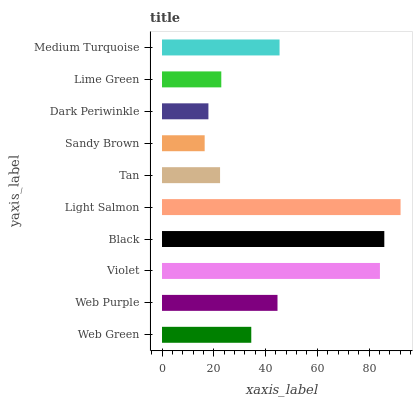
| yaxis_label | bars |
 | --- | --- |
 | Web Green | 34.5 |
 | Web Purple | 44.6 |
 | Violet | 84.2 |
 | Black | 85.9 |
 | Light Salmon | 92.2 |
 | Tan | 22.4 |
 | Sandy Brown | 16.5 |
 | Dark Periwinkle | 17.9 |
 | Lime Green | 22.9 |
 | Medium Turquoise | 45.4 |